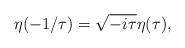
LaTeX: \begin{align*}\eta(-1/\tau)=\sqrt{-i\tau}\eta(\tau),\end{align*}